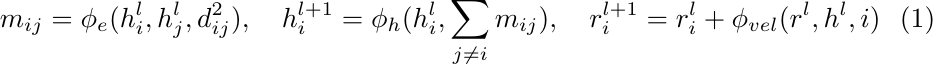
\begin{equation}
    m_{ij} = \phi _e (h_i ^l, h_j ^l, d_{ij} ^2), \quad h_i ^{l+1} = \phi_h (h_i ^l, \sum_{j \neq i} {m_{ij}}), \quad r_i ^{l+1} = r_i ^l + \phi_{vel} (r^l, h^l, i)
\end{equation}